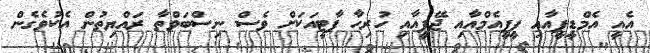
އެއީ އެމްޑީޕީއާއި ޕީޕީއެމްއާއި ޖޭޕީއާއި ހުރިހާ ޕާޓީއަަކަށް ވެސް ނިސްބަވްތާ ރައްޔިތުން އެކުވެގެން